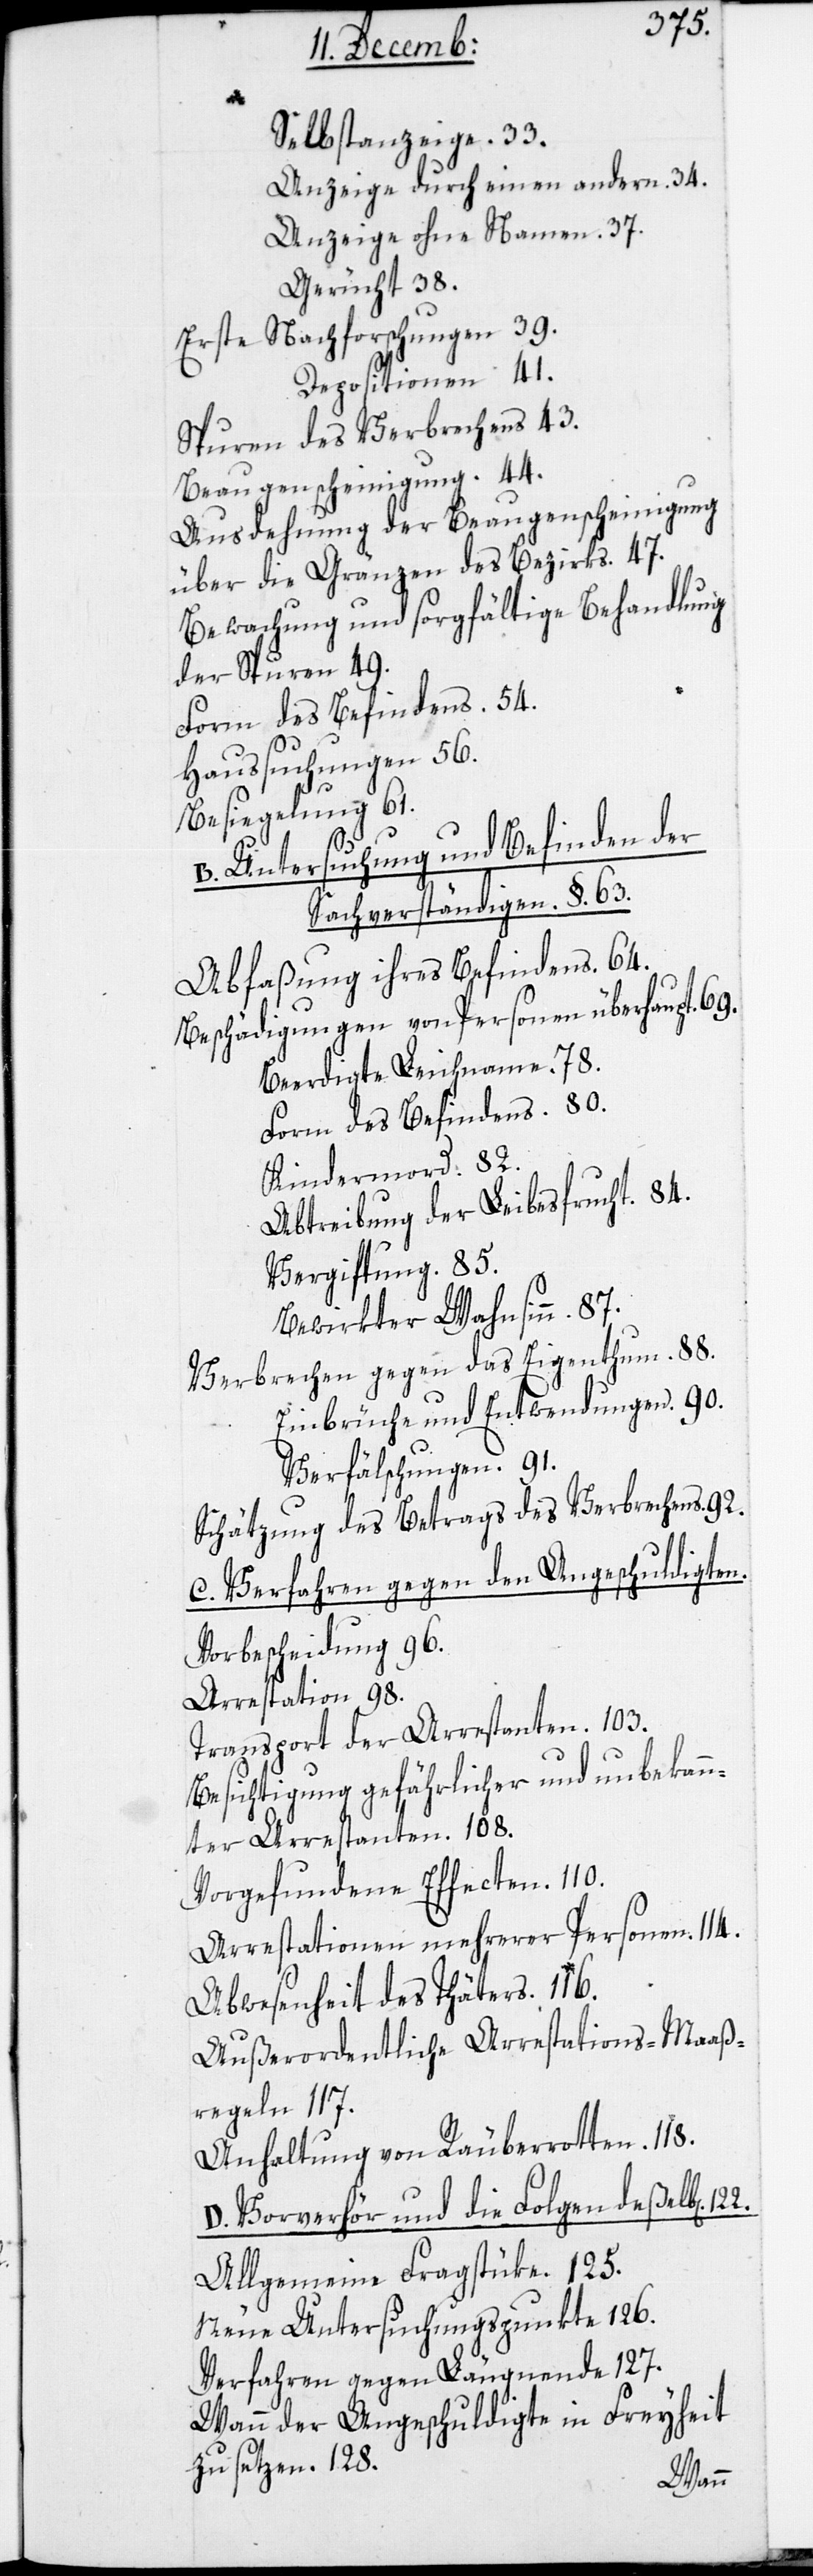
87.
Selbstanzeige. 33.
Anzeige durch einen andern. 34.
Anzeige ohne Namen. 37.
Gerücht. 38.
Erste Nachforschungen.
Depositionen. 41.
Spuren des Verbrechens. 43.
Beaugenscheinigung. 44.
Ausdehnung der Beaugenscheinigung
über die Gränzen des Bezirks. 47.
Bewachung und sorgfältige Behandlung
der Spuren. 49.
Form des Befindens. 54.
Haussuchungen. 56.
Besiegelung. 61.
B. Untersuchung und Befinden der
Sachverständigen. §. 63.
Abfaßung ihres Befiendens. 64.
Beschädigung von Personen überhaupt. 69.
Beerdigte Leichname. 78.
Form des Befindens. 80.
Kindermord. 82.
Abtreibung der Leibesfrucht. 84.
Vergiftung. 85.
Bewirkter Wahnsinn.
brechen gegen das Eigenthum. 90.
Ver¬
Einbrüche und Entwendungen. 90.
Verfälschungen. 91.
Schätzung des Betrags des Verbrechens. 92.
C. Verfahren gegen den Angeschuldigten.
Vorbescheidung 96.
Arrestation 98.
Transport der Arrestanten. 103.
Besichtigung gefährlicher und unbekann¬
ter Arrestanten. 108.
Vorgefundene Effecten. 110.
Arrestationen mehrerer Personen 114.
Abwesenheit des Thäters. 116.
Außerordentliche Arrestations-Maaß¬
regeln 117.
Anhaltung von Räuberrotten. 118.
D. Vorverhör und die Folgen deßelb[en].
Allgemeine Fragstüke. 125.
Neue Untersuchungspunkte 126.
Verfahren gegen Läugnende 127.
Wann der Angeschuldigte in Freyheit
zu setzen. 128